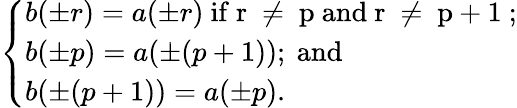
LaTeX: \left\{ \begin{array}{l}{{b(\pm r)=a(\pm r)\mathrm{~if~r~\neq~p~and~r~\neq~p+1~;}}}\\ {{b(\pm p)=a(\pm(p+1))\mathrm{;~and}}}\\ {{b(\pm(p+1))=a(\pm p).}}\end{array}\right.